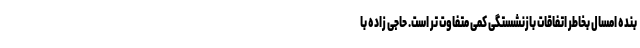
بنده امسال بخاطر اتفاقات بازنشستگی کمی متفاوت تر است. حاجی زاده با